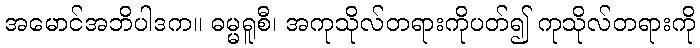
အမောင်အဘိပါဒက။ ဓမ္မရူစီ၊ အကုသိုလ်တရားကိုပတ်၍ ကုသိုလ်တရားကို